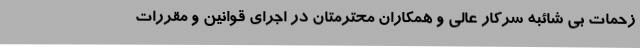
زحمات بی شائبه سرکار عالی و همکاران محترمتان در اجرای قوانین و مقررات